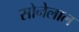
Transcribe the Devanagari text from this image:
सोनेलाल